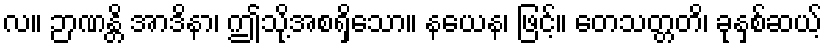
လ။ ဉာဏန္တိ အာဒိနာ၊ ဤသို့အစရှိသော။ နယေန၊ ဖြင့်။ တေသတ္တတိ၊ ခုနှစ်ဆယ့်